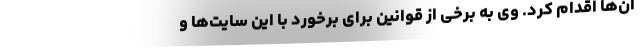
آن‌ها اقدام کرد. وی به برخی از قوانین برای برخورد با این سایت‌ها و